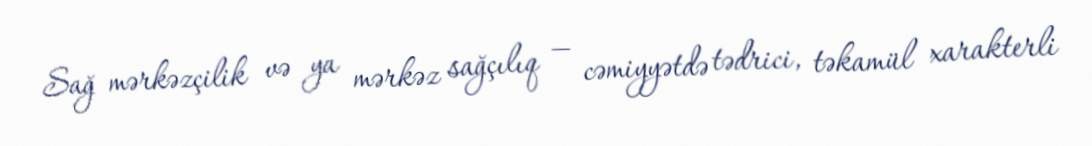
Sağ mərkəzçilik və ya mərkəz sağçılıq — cəmiyyətdə tədrici, təkamül xarakterli